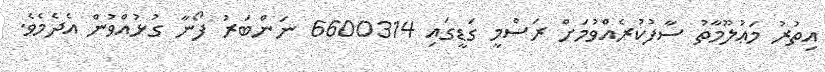
އިތުރު މަޢުލޫމާތު ސާފުކުރެއްވުމަށް ރަސްމީ ގަޑީގައި 6600314 ނަންބަރު ފޯނާ ގުޅުއްވުން އެދެމެވެ.